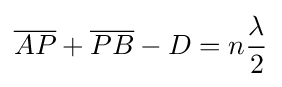
{\overline {AP}}+{\overline {PB}}-D=n{\frac {\lambda }{2}}